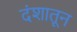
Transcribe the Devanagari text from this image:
दंशातून